Rae_vallavalitsus, lk 94
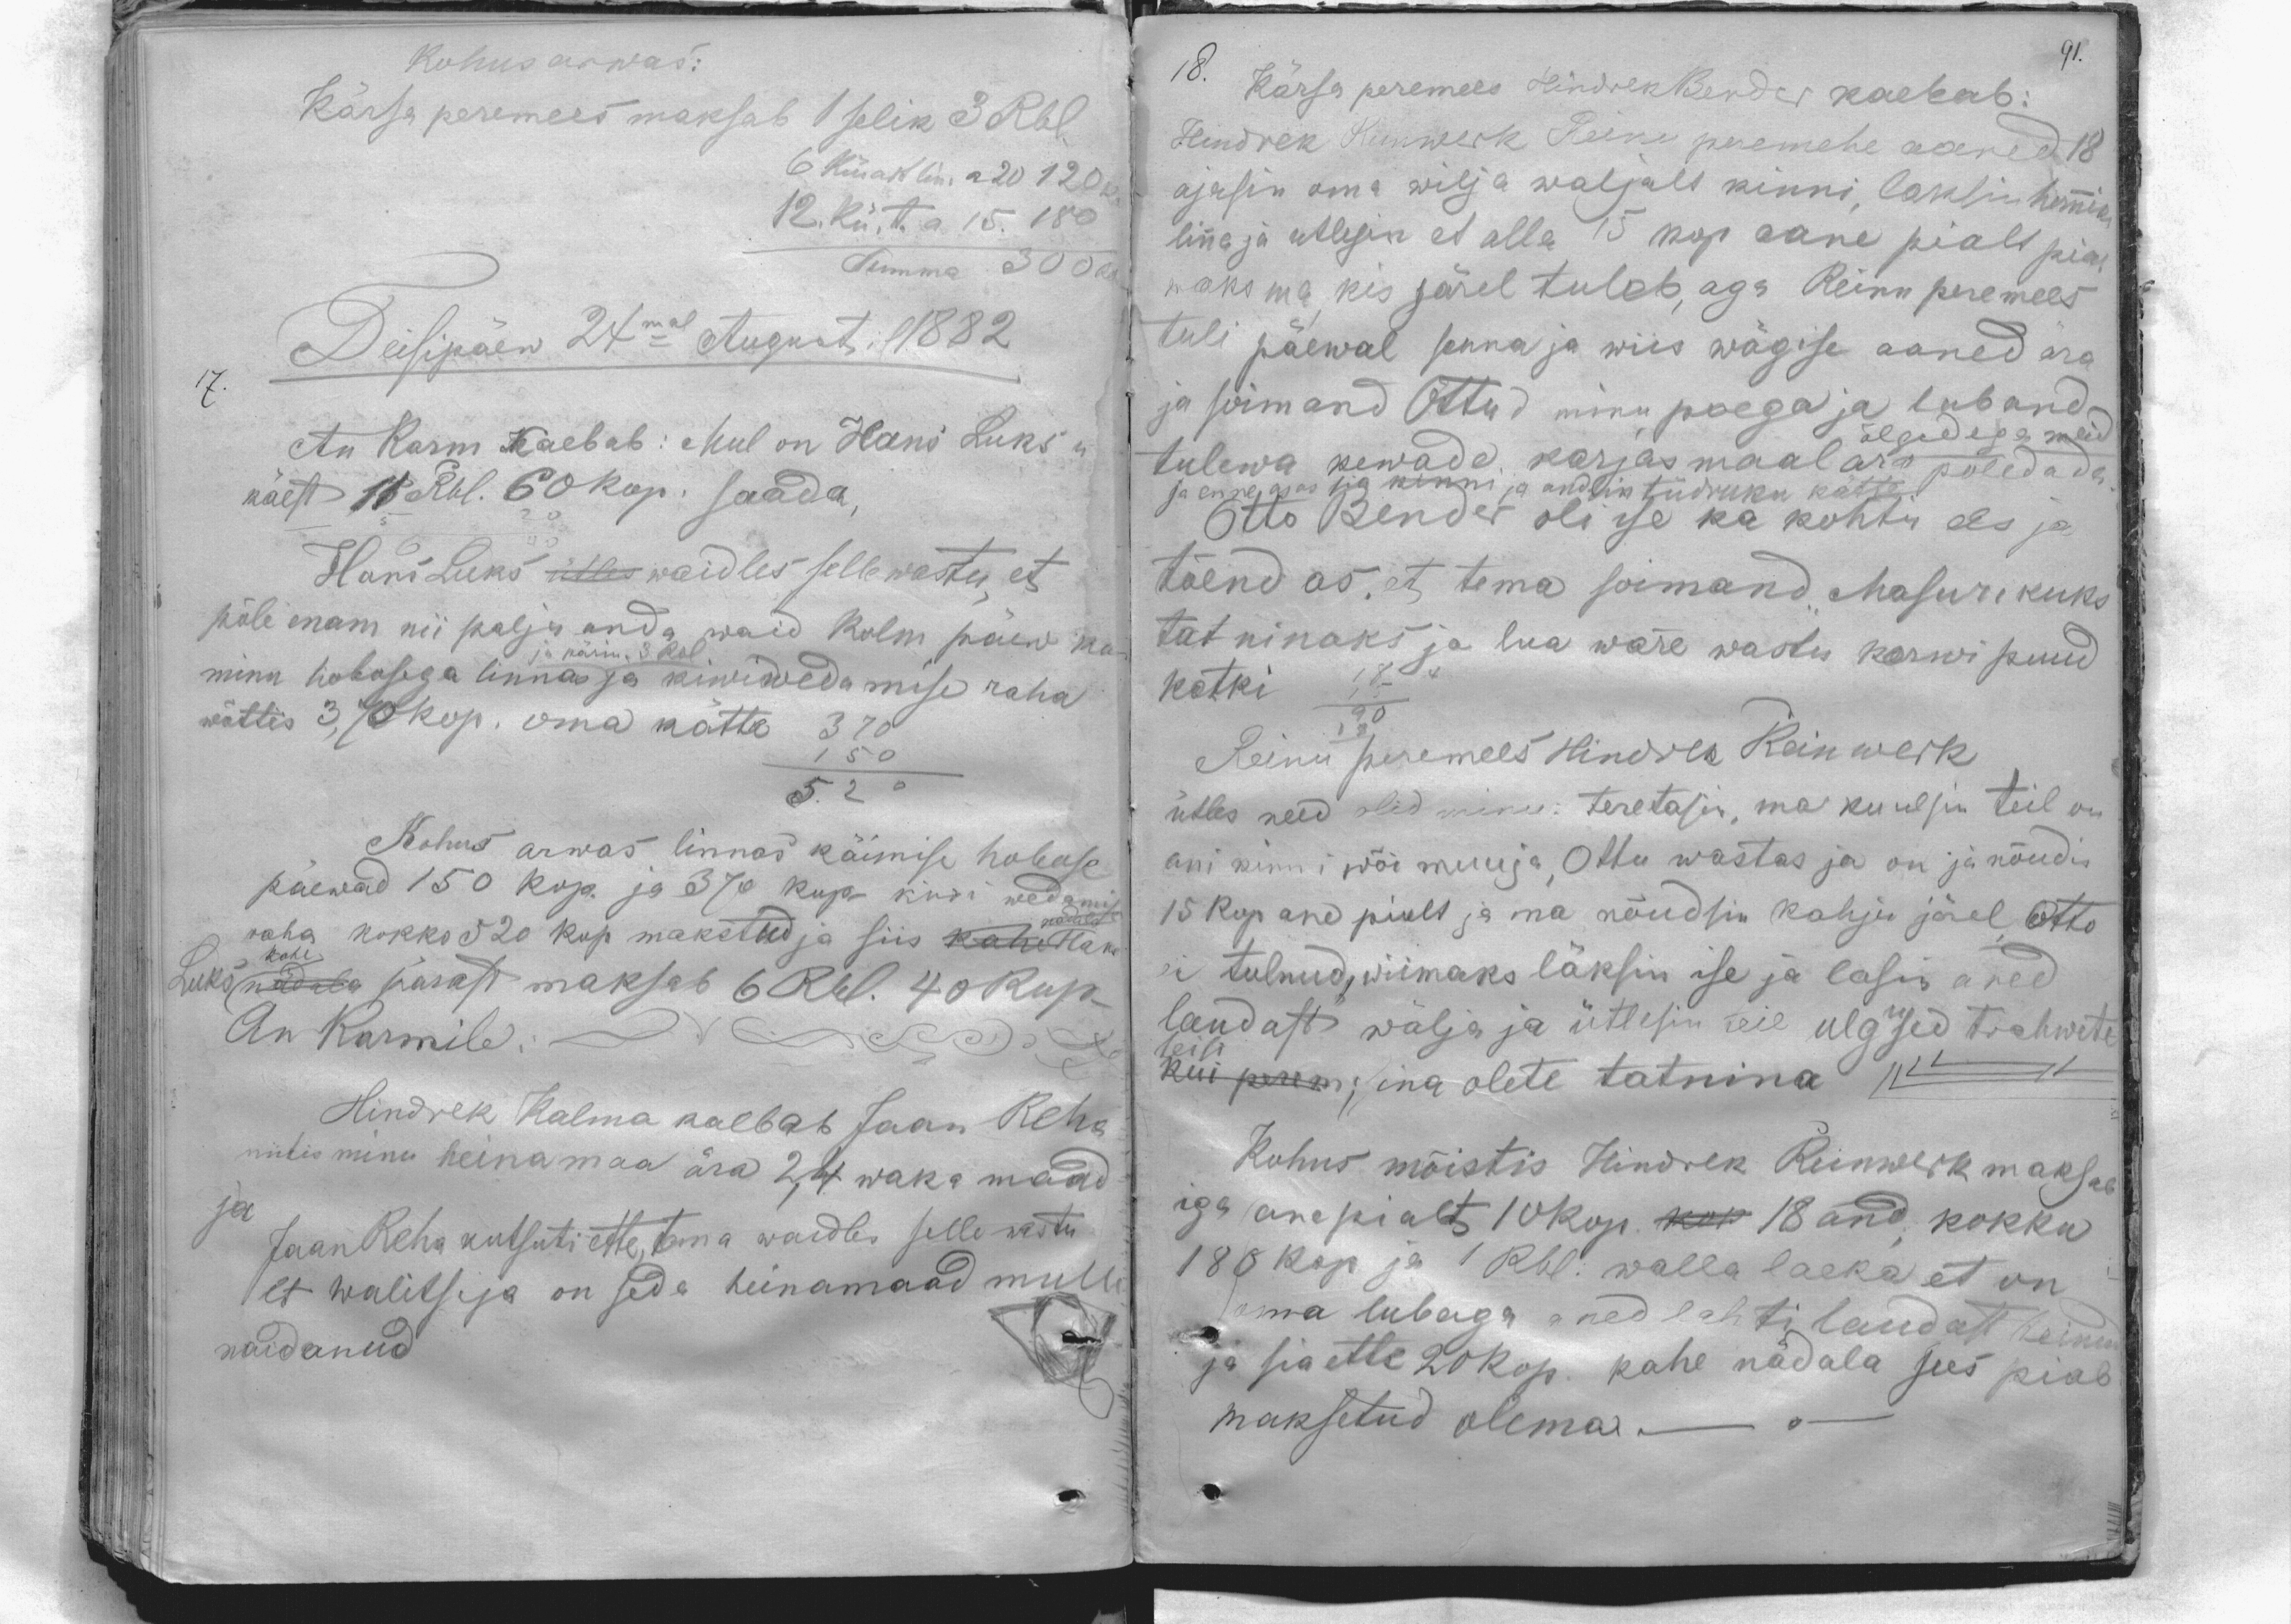
91.

Kohus arwas:
Kärsa peremees maksab 1 selik 3 Rbl.
6 künart lin. a 20 120 k.
12. kü. t. a 15. 180
Summa 300 kop
Deisipäew 24mal Augustil 1882
17.
An Karm kaebab: Mul on Hans Luks n
käest 11 Rbl. 60 kop. saada,
Hans Luks ütles waidles selle wastu, et
põle enam nii palju anda waid kolm päew ka
ja pärim. 3 Rbl.
minu hobosega linnas ja kiwiwedamise raha
wõttis 3,70 kop. oma kätte 370
150
5.20
Kohus arwas linnas käimise hobuse
päewad 150 kop. ja 370 kop. kiwi  wedamise
nadala
raha kokko 520 kop makstud ja kahe Ham
kohe
Luks nädala pärast maksab 6 Rbl. 40 kop.
An Kormile:
Hindrek Kalma kaebab Jaan Reha
niitis minu heinamaa ära 2,4 waka maad
ja Jaan Reha kutsuti ette, tema waidles selle wastu
et walitseja on seda heinamaad mulle
naidanud

18.
Kärsa peremees HindrekBender kaebab:
Hindrek Reinwerk Reinu peremehe aaned 18
ajasin oma wilja waljalt kinni, laksin hommik
linna ja utlesin et alla 15 kop. aane pialt piab
maksma, kis järel tuleb, aga Reinu peremees
tuli päewal senna ja wiis wägise aaned ära
ja soimand Ottud minu poega ja luband
tulewa kewade karjas maal ära põledada.
õlgedega meid
ja enne ajas sia kinni ja andsin tüdruku kätte.
Otto Bender oli ise ka kohtu ees ja
tõendas, et tema soimand "Masurikuks
tat ninaks ja lua ware wastu korwi puud
katki
Reinu peremees Hindrek Reinwerk
ütles need olid minu: teretasin, ma kuulsin teil on
ani kinni wõi muuja, Ottu wastas ja on ja nõudis
15 kop ane pialt ja ma nõudsin kahju järel Otto
ei tulnud, wiimaks läksin ise ja lasin aned
laudast wälja ja ütlesin teie ulgused trahwite
teisi
kui perem; sina olete tatnina
Kohus mõistis Hindrek Reinwerk maksab
iga ane pialt 10kop. kop 18 and; kokku
180 kop ja 1 Rbl. walla laeka et on
oma lubaga aned lahti laudast teinud
ja sia ette 20 kop. kahe nädala sees piab
maksetud olema -.-